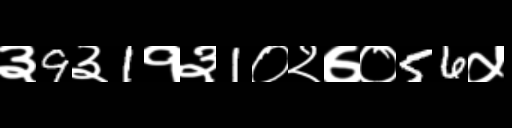
Text: ३9३1१३1०२७०56५